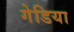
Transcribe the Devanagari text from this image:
गेडिया